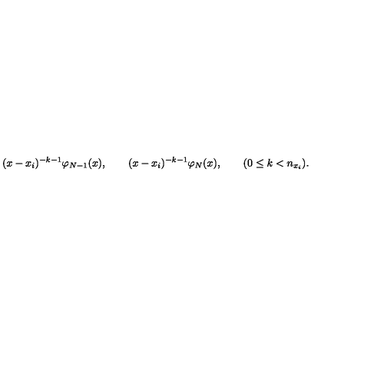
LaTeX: ( x - x _ { i } ) ^ { - k - 1 } \varphi _ { N - 1 } ( x ) , \qquad ( x - x _ { i } ) ^ { - k - 1 } \varphi _ { N } ( x ) , \qquad ( 0 \le k < n _ { x _ { i } } ) .